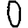
Digit: 0